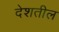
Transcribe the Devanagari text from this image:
देशतील